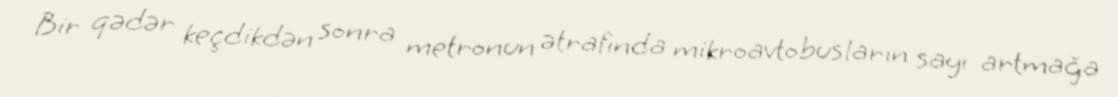
Bir qədər keçdikdən sonra metronun ətrafında mikroavtobusların sayı artmağa